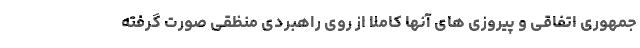
جمهوری اتفاقی و پیروزی های آنها کاملاً از روی راهبردی منظقی صورت گرفته